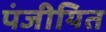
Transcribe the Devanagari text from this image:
पंजीयित